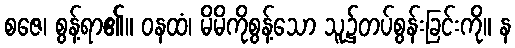
စဇေ၊ စွန့်ရာ၏။ ဝနထံ၊ မိမိကိုစွန့်သော သူ၌တပ်စွန်းခြင်းကို။ န